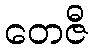
တေဇီ